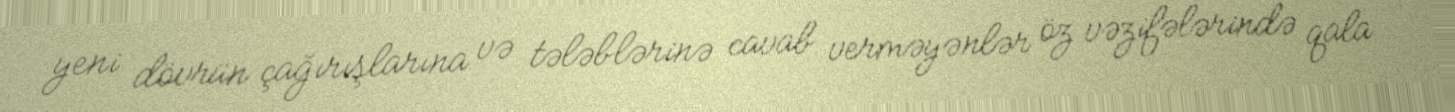
yeni dövrün çağırışlarına və tələblərinə cavab verməyənlər öz vəzifələrində qala